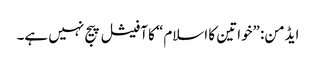
ایڈمن: ”خواتین کا اسلام“ کا آفیشل پیج نہیں ہے۔